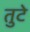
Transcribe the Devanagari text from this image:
तुटे